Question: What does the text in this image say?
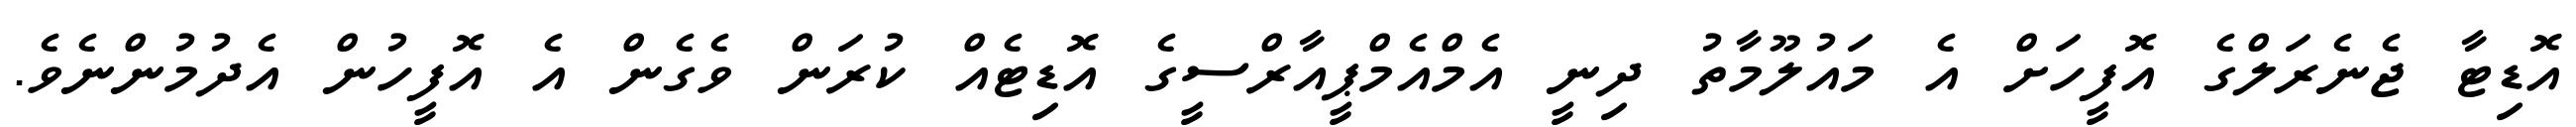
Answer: އޮޑިޓާ ޖެނެރަލްގެ އޮފީހަށް އެ މައުލޫމާތު ދިނީ އެމްއެމްޕީއާރްސީގެ އޮޑިޓެއް ކުރަން ވެގެން އެ އޮފީހުން އެދުމުންނެވެ.